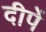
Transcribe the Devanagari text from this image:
दीपें